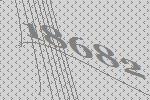
18682